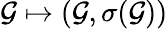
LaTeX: \mathcal{G}\mapsto(\mathcal{G},\sigma(\mathcal{G}))